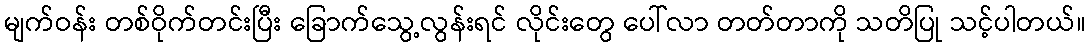
မျက်ဝန်း တစ်ဝိုက်တင်းပြီး ခြောက်သွေ့လွန်းရင် လိုင်းတွေ ပေါ်လာ တတ်တာကို သတိပြု သင့်ပါတယ်။